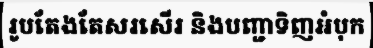
រូបតែងតែសរសើរ និងបញ្ជាទិញអំបុក